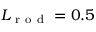
L _ { \mathrm { ~ r ~ o ~ d ~ } } = 0 . 5